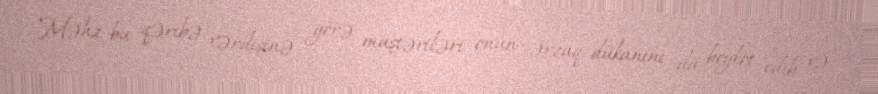
Məhz bu qəribə vərdişinə görə müştəriləri onun ərzaq dükanını da boykot edib və